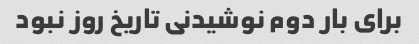
برای بار دوم نوشیدنی تاریخ روز نبود